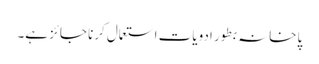
پاخانہ بطور ادویات استعمال کرنا جائز ہے۔